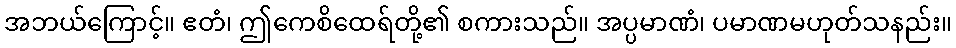
အဘယ်ကြောင့်။ ဧတံ၊ ဤကေစိထေရ်တို့၏ စကားသည်။ အပ္ပမာဏံ၊ ပမာဏမဟုတ်သနည်း။